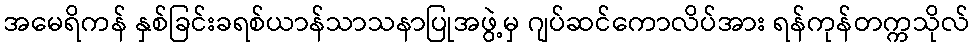
အမေရိကန် နှစ်ခြင်းခရစ်ယာန်သာသနာပြုအဖွဲ့မှ ဂျပ်ဆင်ကောလိပ်အား ရန်ကုန်တက္ကသိုလ်